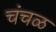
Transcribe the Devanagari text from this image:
चंचळ